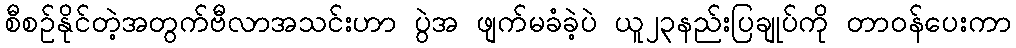
စီစဥ်နိုင်တဲ့အတွက်ဗီလာအသင်းဟာ ပွဲအ ဖျက်မခံခဲ့ပဲ ယူ၂၃နည်းပြချုပ်ကို တာဝန်ပေးကာ